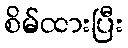
စိမ်ထားပြီး